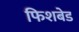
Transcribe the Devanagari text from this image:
फिशबेड